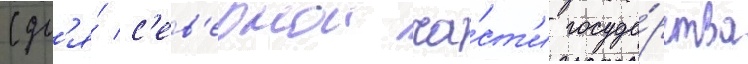
(дл'я́ с'ев'ернои ча́ст'и госуда́рства